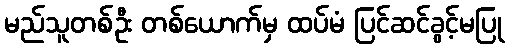
မည်သူတစ်ဦး တစ်ယောက်မှ ထပ်မံ ပြင်ဆင်ခွင့်မပြု